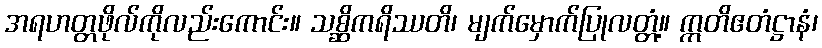
အရဟတ္တဖိုလ်ကိုလည်းကောင်း။ သစ္ဆိကရိဿတိ၊ မျက်မှောက်ပြုလတ္တံ့။ ဣတိဧတံဋ္ဌာနံ၊